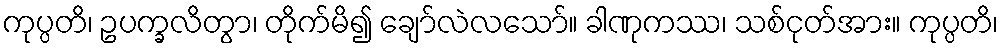
ကုပ္ပတိ၊ ဥပက္ခလိတွာ၊ တိုက်မိ၍ ချော်လဲလသော်။ ခါဏုကဿ၊ သစ်ငုတ်အား။ ကုပ္ပတိ၊